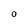
Character: O